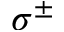
\sigma ^ { \pm }